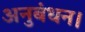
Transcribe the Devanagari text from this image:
अनुबंधन।